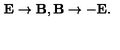
\mathbf { E } \rightarrow \mathbf { B } , \mathbf { B } \rightarrow - \mathbf { E } .